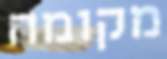
מקומה